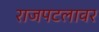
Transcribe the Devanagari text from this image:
राजपटलावर